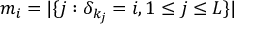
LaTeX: m _ { i } = | \{ j : \delta _ { k _ { j } } = i , 1 \leq j \leq L \} |